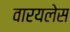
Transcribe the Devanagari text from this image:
वारयलेस